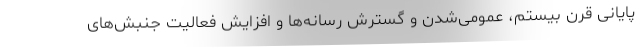
پایانی قرن بیستم، عمومی‌شدن و گسترش رسانه‌ها و افزایش فعالیت جنبش‌های